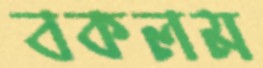
বকলম